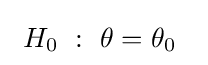
\ H_{0}\ :\ \theta =\theta _{0}~~